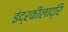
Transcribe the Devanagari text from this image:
इंद्रकीलाद्रि